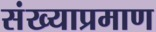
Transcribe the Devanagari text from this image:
संख्याप्रमाण